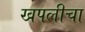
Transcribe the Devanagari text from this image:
खपलीचा